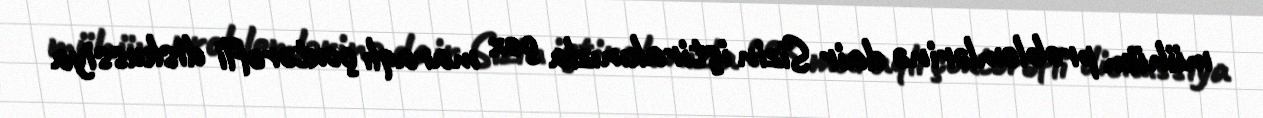
mühüm problemlərinə dair Sizin iştirakınızla çox maraqlı çoxtərəfli diskussiya